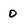
Character: 0